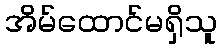
အိမ်ထောင်မရှိသူ